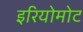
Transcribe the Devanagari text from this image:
इरियोमोट